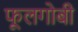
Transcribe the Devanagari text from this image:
फूलगोबी